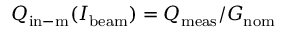
Q _ { \mathrm { i n - m } } ( I _ { \mathrm { b e a m } } ) = Q _ { \mathrm { m e a s } } / G _ { \mathrm { n o m } }